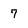
Character: 7